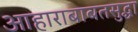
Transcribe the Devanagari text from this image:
आहाराबाबतसुद्धा